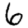
Digit: 6